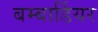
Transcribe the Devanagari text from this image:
बम्बार्डियर